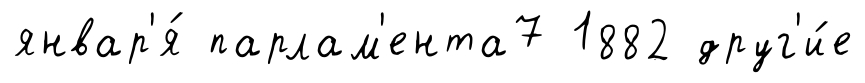
январ'я́ парлам'ента7 1882 друг'и́е